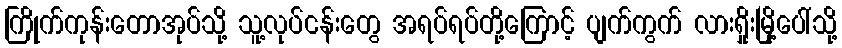
ကြိုက်ကုန်းတောအုပ်သို့ သူ့လုပ်ငန်းတွေ အရပ်ရပ်တို့ကြောင့် ပျက်ကွက် လားရှိုးမြို့ပေါ်သို့